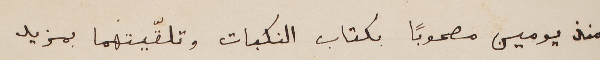
منذ يومين مصحوباً بكتاب النكبات وتلقّيتهما بمزيد